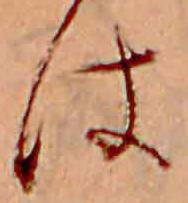
は